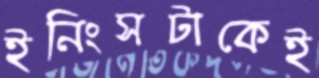
ইনিংসটাকেই